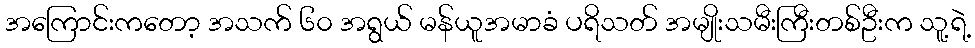
အကြောင်းကတော့ အသက် ၆၀ အရွယ် မန်ယူအမာခံ ပရိသတ် အမျိုးသမီးကြီးတစ်ဦးက သူ့ရဲ့